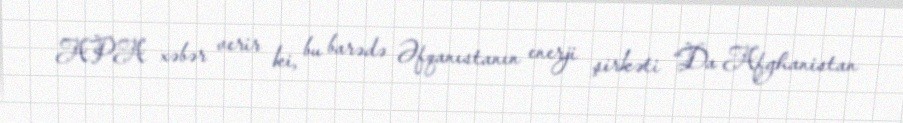
APA xəbər verir ki, bu barədə Əfqanıstanın enerji şirkəti “Da Afghanistan